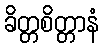
ခိတ္တစိတ္တာနံ